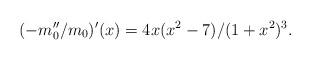
LaTeX: \begin{align*}(-m_0''/m_0)'(x)={4x(x^2-7)}/{(1+x^2)^3}.\end{align*}